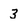
Character: 3